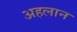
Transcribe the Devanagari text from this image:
अहलान